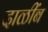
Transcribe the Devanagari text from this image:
दाळींब